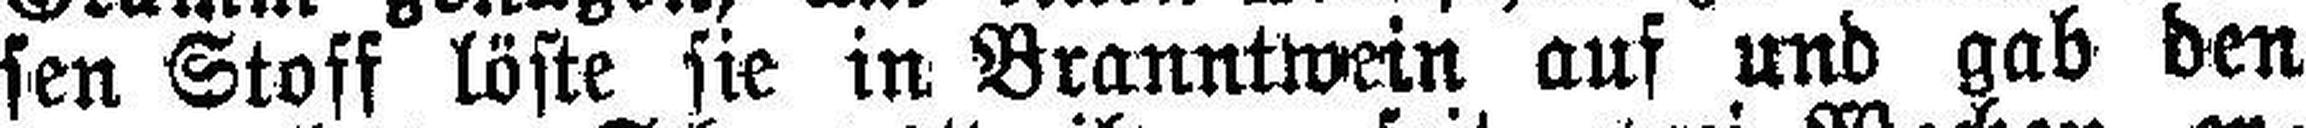
sen Stoff löste sie in Branntwein auf und gab den